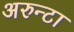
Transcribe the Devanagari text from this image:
अरुन्टा